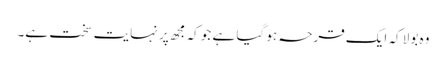
وہ بولا کہ ایک قرحہ ہو گیا ہے جو کہ مجھ پر نہایت سخت ہے۔